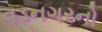
વડનગરનો